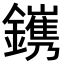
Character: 𨭽